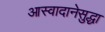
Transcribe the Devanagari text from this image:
आस्वादानेसुद्धा